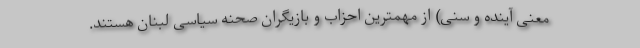
معنی آینده و سنی) از مهمترین احزاب و بازیگران صحنه سیاسی لبنان هستند.